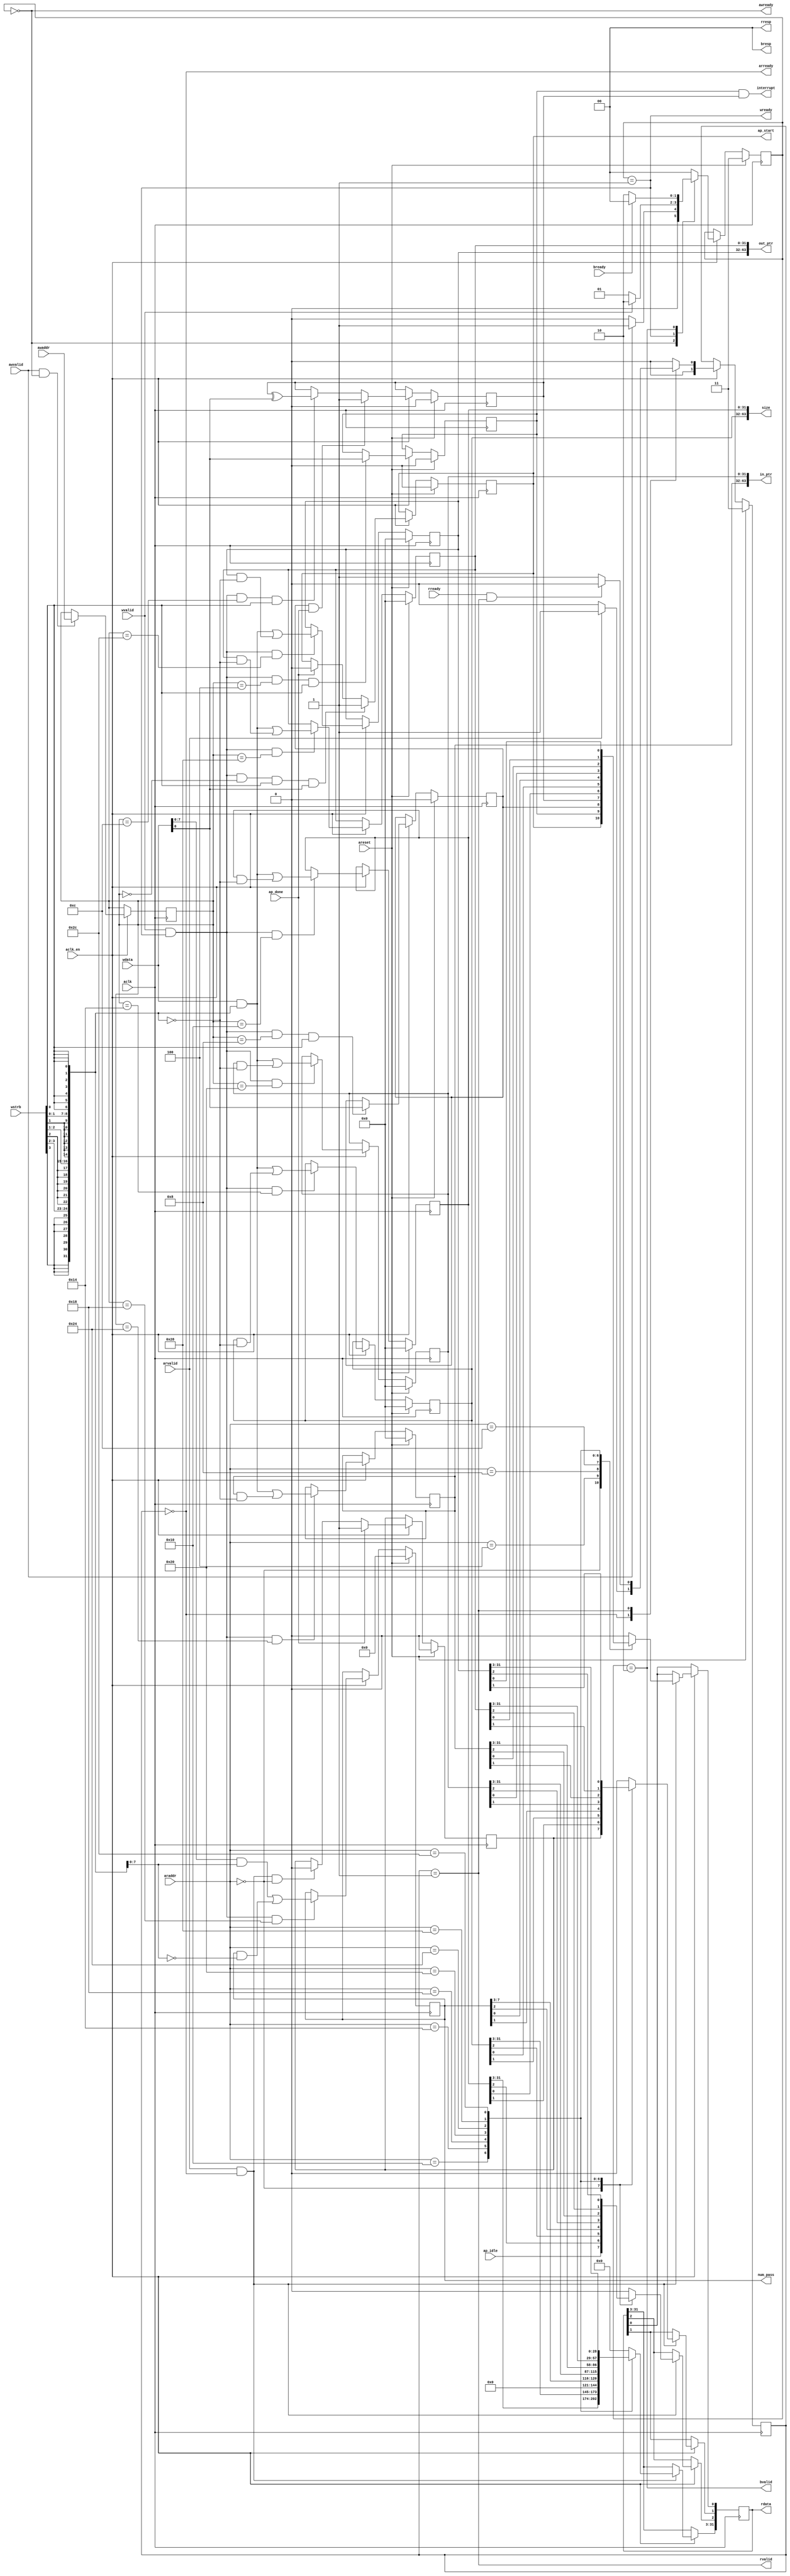
// This is a generated file. Use and modify at your own risk.
////////////////////////////////////////////////////////////////////////////////

// default_nettype of none prevents implicit wire declaration.
`default_nettype none
`timescale 1ns/1ps
module merger_tree_p4_l4_i8_control_s_axi #(
  parameter integer C_ADDR_WIDTH = 12,
  parameter integer C_DATA_WIDTH = 32
)
(
  // AXI4-Lite slave signals
  input  wire                      aclk                  ,
  input  wire                      areset                ,
  input  wire                      aclk_en               ,
  input  wire                      awvalid               ,
  output wire                      awready               ,
  input  wire [C_ADDR_WIDTH-1:0]   awaddr                ,
  input  wire                      wvalid                ,
  output wire                      wready                ,
  input  wire [C_DATA_WIDTH-1:0]   wdata                 ,
  input  wire [C_DATA_WIDTH/8-1:0] wstrb                 ,
  input  wire                      arvalid               ,
  output wire                      arready               ,
  input  wire [C_ADDR_WIDTH-1:0]   araddr                ,
  output wire                      rvalid                ,
  input  wire                      rready                ,
  output wire [C_DATA_WIDTH-1:0]   rdata                 ,
  output wire [2-1:0]              rresp                 ,
  output wire                      bvalid                ,
  input  wire                      bready                ,
  output wire [2-1:0]              bresp                 ,
  output wire                      interrupt             ,
  output wire                      ap_start              ,
  input  wire                      ap_idle               ,
  input  wire                      ap_done               ,
  // User defined arguments
  output wire [64-1:0]             size                  ,
  output wire [8-1:0]              num_pass              ,
  output wire [64-1:0]             in_ptr                ,
  output wire [64-1:0]             out_ptr               
);

//------------------------Address Info-------------------
// 0x000 : Control signals
//         bit 0  - ap_start (Read/Write/COH)
//         bit 1  - ap_done (Read/COR)
//         bit 2  - ap_idle (Read)
//         others - reserved
// 0x004 : Global Interrupt Enable Register
//         bit 0  - Global Interrupt Enable (Read/Write)
//         others - reserved
// 0x008 : IP Interrupt Enable Register (Read/Write)
//         bit 0  - Channel 0 (ap_done)
//         others - reserved
// 0x00c : IP Interrupt Status Register (Read/TOW)
//         bit 0  - Channel 0 (ap_done)
//         others - reserved
// 0x010 : Data signal of size
//         bit 31~0 - size[31:0] (Read/Write)
// 0x014 : Data signal of size
//         bit 31~0 - size[63:32] (Read/Write)
// 0x018 : Data signal of num_pass
//         bit 07~0 - num_pass[7:0] (Read/Write)
// 0x01c : reserved
// 0x020 : Data signal of in_ptr
//         bit 31~0 - in_ptr[31:0] (Read/Write)
// 0x024 : Data signal of in_ptr
//         bit 31~0 - in_ptr[63:32] (Read/Write)
// 0x028 : Data signal of out_ptr
//         bit 31~0 - out_ptr[31:0] (Read/Write)
// 0x02c : Data signal of out_ptr
//         bit 31~0 - out_ptr[63:32] (Read/Write)
// (SC = Self Clear, COR = Clear on Read, TOW = Toggle on Write, COH = Clear on Handshake)

///////////////////////////////////////////////////////////////////////////////
// Local Parameters
///////////////////////////////////////////////////////////////////////////////
localparam [C_ADDR_WIDTH-1:0]       LP_ADDR_AP_CTRL                = 12'h000;
localparam [C_ADDR_WIDTH-1:0]       LP_ADDR_GIE                    = 12'h004;
localparam [C_ADDR_WIDTH-1:0]       LP_ADDR_IER                    = 12'h008;
localparam [C_ADDR_WIDTH-1:0]       LP_ADDR_ISR                    = 12'h00c;
localparam [C_ADDR_WIDTH-1:0]       LP_ADDR_SIZE_0                 = 12'h010;
localparam [C_ADDR_WIDTH-1:0]       LP_ADDR_SIZE_1                 = 12'h014;
localparam [C_ADDR_WIDTH-1:0]       LP_ADDR_NUM_PASS_0             = 12'h018;
localparam [C_ADDR_WIDTH-1:0]       LP_ADDR_in_ptr_0               = 12'h020;
localparam [C_ADDR_WIDTH-1:0]       LP_ADDR_in_ptr_1               = 12'h024;
localparam [C_ADDR_WIDTH-1:0]       LP_ADDR_out_ptr_0              = 12'h028;
localparam [C_ADDR_WIDTH-1:0]       LP_ADDR_out_ptr_1              = 12'h02c;
localparam integer                  LP_SM_WIDTH                    = 2;
localparam [LP_SM_WIDTH-1:0]        SM_WRIDLE                      = 2'd0;
localparam [LP_SM_WIDTH-1:0]        SM_WRDATA                      = 2'd1;
localparam [LP_SM_WIDTH-1:0]        SM_WRRESP                      = 2'd2;
localparam [LP_SM_WIDTH-1:0]        SM_WRRESET                     = 2'd3;
localparam [LP_SM_WIDTH-1:0]        SM_RDIDLE                      = 2'd0;
localparam [LP_SM_WIDTH-1:0]        SM_RDDATA                      = 2'd1;
localparam [LP_SM_WIDTH-1:0]        SM_RDRESET                     = 2'd3;

///////////////////////////////////////////////////////////////////////////////
// Wires and Variables
///////////////////////////////////////////////////////////////////////////////
reg  [LP_SM_WIDTH-1:0]              wstate                         = SM_WRRESET;
reg  [LP_SM_WIDTH-1:0]              wnext                         ;
reg  [C_ADDR_WIDTH-1:0]             waddr                         ;
wire [C_DATA_WIDTH-1:0]             wmask                         ;
wire                                aw_hs                         ;
wire                                w_hs                          ;
reg  [LP_SM_WIDTH-1:0]              rstate                         = SM_RDRESET;
reg  [LP_SM_WIDTH-1:0]              rnext                         ;
reg  [C_DATA_WIDTH-1:0]             rdata_r                       ;
wire                                ar_hs                         ;
wire [C_ADDR_WIDTH-1:0]             raddr                         ;
// internal registers
wire                                int_ap_idle                   ;
reg                                 int_ap_done                    = 1'b0;
reg                                 int_ap_start                   = 1'b0;
reg                                 int_gie                        = 1'b0;
reg                                 int_ier                        = 1'b0;
reg                                 int_isr                        = 1'b0;

reg  [64-1:0]                       int_size                       = 64'd0;
reg  [8-1:0]                        int_num_pass                   = 8'd0;
reg  [64-1:0]                       int_in_ptr                     = 64'd0;
reg  [64-1:0]                       int_out_ptr                    = 64'd0;

///////////////////////////////////////////////////////////////////////////////
// Begin RTL
///////////////////////////////////////////////////////////////////////////////

//------------------------AXI write fsm------------------
assign awready = (wstate == SM_WRIDLE);
assign wready  = (wstate == SM_WRDATA);
assign bresp   = 2'b00;  // OKAY
assign bvalid  = (wstate == SM_WRRESP);
assign wmask   = { {8{wstrb[3]}}, {8{wstrb[2]}}, {8{wstrb[1]}}, {8{wstrb[0]}} };
assign aw_hs   = awvalid & awready;
assign w_hs    = wvalid & wready;

// wstate
always @(posedge aclk) begin
  if (areset)
    wstate <= SM_WRRESET;
  else if (aclk_en)
    wstate <= wnext;
end

// wnext
always @(*) begin
  case (wstate)
    SM_WRIDLE:
      if (awvalid)
        wnext = SM_WRDATA;
      else
        wnext = SM_WRIDLE;
    SM_WRDATA:
      if (wvalid)
        wnext = SM_WRRESP;
      else
        wnext = SM_WRDATA;
    SM_WRRESP:
      if (bready)
        wnext = SM_WRIDLE;
      else
        wnext = SM_WRRESP;
    // SM_WRRESET
    default:
      wnext = SM_WRIDLE;
  endcase
end

// waddr
always @(posedge aclk) begin
  if (aclk_en) begin
    if (aw_hs)
      waddr <= awaddr;
  end
end

//------------------------AXI read fsm-------------------
assign arready = (rstate == SM_RDIDLE);
assign rdata   = rdata_r;
assign rresp   = 2'b00;  // OKAY
assign rvalid  = (rstate == SM_RDDATA);
assign ar_hs   = arvalid & arready;
assign raddr   = araddr;

// rstate
always @(posedge aclk) begin
  if (areset)
    rstate <= SM_RDRESET;
  else if (aclk_en)
    rstate <= rnext;
end

// rnext
always @(*) begin
  case (rstate)
    SM_RDIDLE:
      if (arvalid)
        rnext = SM_RDDATA;
      else
        rnext = SM_RDIDLE;
    SM_RDDATA:
      if (rready & rvalid)
        rnext = SM_RDIDLE;
      else
        rnext = SM_RDDATA;
    // SM_RDRESET:
    default:
      rnext = SM_RDIDLE;
  endcase
end

// rdata_r
always @(posedge aclk) begin
  if (aclk_en) begin
    if (ar_hs) begin
      rdata_r <= {C_DATA_WIDTH{1'b0}};
      case (raddr)
        LP_ADDR_AP_CTRL: begin
          rdata_r[0] <= int_ap_start;
          rdata_r[1] <= int_ap_done;
          rdata_r[2] <= int_ap_idle;
          rdata_r[3+:C_DATA_WIDTH-3] <= {C_DATA_WIDTH-3{1'b0}};
        end
        LP_ADDR_GIE: begin
          rdata_r[0] <= int_gie;
          rdata_r[1+:C_DATA_WIDTH-1] <=  {C_DATA_WIDTH-1{1'b0}};
        end
        LP_ADDR_IER: begin
          rdata_r[0] <= int_ier;
          rdata_r[1+:C_DATA_WIDTH-1] <=  {C_DATA_WIDTH-1{1'b0}};
        end
        LP_ADDR_ISR: begin
          rdata_r[0] <= int_isr;
          rdata_r[1+:C_DATA_WIDTH-1] <=  {C_DATA_WIDTH-1{1'b0}};
        end
        LP_ADDR_SIZE_0: begin
          rdata_r <= int_size[0+:32];
        end
        LP_ADDR_SIZE_1: begin
          rdata_r <= int_size[32+:32];
        end
        LP_ADDR_NUM_PASS_0: begin
          rdata_r <= {24'b0, int_num_pass[0+:8]};
        end
        LP_ADDR_in_ptr_0: begin
          rdata_r <= int_in_ptr[0+:32];
        end
        LP_ADDR_in_ptr_1: begin
          rdata_r <= int_in_ptr[32+:32];
        end
        LP_ADDR_out_ptr_0: begin
          rdata_r <= int_out_ptr[0+:32];
        end
        LP_ADDR_out_ptr_1: begin
          rdata_r <= int_out_ptr[32+:32];
        end

        default: begin
          rdata_r <= {C_DATA_WIDTH{1'b0}};
        end
      endcase
    end
  end
end

//------------------------Register logic-----------------
assign interrupt    = int_gie & (|int_isr);
assign ap_start     = int_ap_start;
assign int_ap_idle  = ap_idle;
assign size = int_size;
assign num_pass = int_num_pass;
assign in_ptr = int_in_ptr;
assign out_ptr = int_out_ptr;

// int_ap_start
always @(posedge aclk) begin
  if (areset)
    int_ap_start <= 1'b0;
  else if (aclk_en) begin
    if (w_hs && waddr == LP_ADDR_AP_CTRL && wstrb[0] && wdata[0])
      int_ap_start <= 1'b1;
    else if (ap_done)
      int_ap_start <= 1'b0;
  end
end

// int_ap_done
always @(posedge aclk) begin
  if (areset)
    int_ap_done <= 1'b0;
  else if (aclk_en) begin
    if (ap_done)
      int_ap_done <= 1'b1;
    else if (ar_hs && raddr == LP_ADDR_AP_CTRL)
      int_ap_done <= 1'b0; // clear on read
  end
end

// int_gie
always @(posedge aclk) begin
  if (areset)
    int_gie     <= 1'b0;
  else if (aclk_en) begin
    if (w_hs && waddr == LP_ADDR_GIE && wstrb[0])
      int_gie <= wdata[0];
  end
end

// int_ier
always @(posedge aclk) begin
  if (areset)
    int_ier     <= 1'b0;
  else if (aclk_en) begin
    if (w_hs && waddr == LP_ADDR_IER && wstrb[0])
      int_ier <= wdata[0];
  end
end

// int_isr
always @(posedge aclk) begin
  if (areset)
    int_isr     <= 1'b0;
  else if (aclk_en) begin
    if (int_ier & ap_done)
      int_isr <= 1'b1;
    else if (w_hs && waddr == LP_ADDR_ISR && wstrb[0])
      int_isr <= int_isr ^ wdata[0];
  end
end


// int_size[32-1:0]
always @(posedge aclk) begin
  if (areset)
    int_size[0+:32] <= 32'd0;
  else if (aclk_en) begin
    if (w_hs && waddr == LP_ADDR_SIZE_0)
      int_size[0+:32] <= (wdata[0+:32] & wmask[0+:32]) | (int_size[0+:32] & ~wmask[0+:32]);
  end
end

// int_size[32-1:0]
always @(posedge aclk) begin
  if (areset)
    int_size[32+:32] <= 32'd0;
  else if (aclk_en) begin
    if (w_hs && waddr == LP_ADDR_SIZE_1)
      int_size[32+:32] <= (wdata[0+:32] & wmask[0+:32]) | (int_size[32+:32] & ~wmask[0+:32]);
  end
end

// int_num_pass[8-1:0]
always @(posedge aclk) begin
  if (areset)
    int_num_pass[0+:8] <= 8'd0;
  else if (aclk_en) begin
    if (w_hs && waddr == LP_ADDR_NUM_PASS_0)
      int_num_pass[0+:8] <= (wdata[0+:8] & wmask[0+:8]) | (int_num_pass[0+:8] & ~wmask[0+:8]);
  end
end

// int_in_ptr[32-1:0]
always @(posedge aclk) begin
  if (areset)
    int_in_ptr[0+:32] <= 32'd0;
  else if (aclk_en) begin
    if (w_hs && waddr == LP_ADDR_in_ptr_0)
      int_in_ptr[0+:32] <= (wdata[0+:32] & wmask[0+:32]) | (int_in_ptr[0+:32] & ~wmask[0+:32]);
  end
end

// int_in_ptr[32-1:0]
always @(posedge aclk) begin
  if (areset)
    int_in_ptr[32+:32] <= 32'd0;
  else if (aclk_en) begin
    if (w_hs && waddr == LP_ADDR_in_ptr_1)
      int_in_ptr[32+:32] <= (wdata[0+:32] & wmask[0+:32]) | (int_in_ptr[32+:32] & ~wmask[0+:32]);
  end
end

// int_out_ptr[32-1:0]
always @(posedge aclk) begin
  if (areset)
    int_out_ptr[0+:32] <= 32'd0;
  else if (aclk_en) begin
    if (w_hs && waddr == LP_ADDR_out_ptr_0)
      int_out_ptr[0+:32] <= (wdata[0+:32] & wmask[0+:32]) | (int_out_ptr[0+:32] & ~wmask[0+:32]);
  end
end

// int_out_ptr[32-1:0]
always @(posedge aclk) begin
  if (areset)
    int_out_ptr[32+:32] <= 32'd0;
  else if (aclk_en) begin
    if (w_hs && waddr == LP_ADDR_out_ptr_1)
      int_out_ptr[32+:32] <= (wdata[0+:32] & wmask[0+:32]) | (int_out_ptr[32+:32] & ~wmask[0+:32]);
  end
end


endmodule

`default_nettype wire